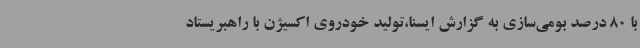
با 80 درصد بومی‌سازی به گزارش ایسنا،تولید خودروی اکسیژن با راهبریستاد